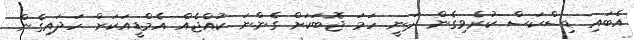
އެބައި ޑިސްކަސް ކުރެވިގެން ދަނީ. ހަމަ ޖޮބަކަށް ގެންނަ ކުއްޖެއް އެމްޑީއަކަށް ހަދައިގެން